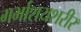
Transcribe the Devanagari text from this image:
गर्भाशयशरीर